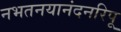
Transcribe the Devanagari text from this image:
नभतनयानंदनरिपू